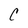
Character: C